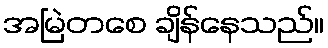
အမြဲတစေ ချိန်နေသည်။